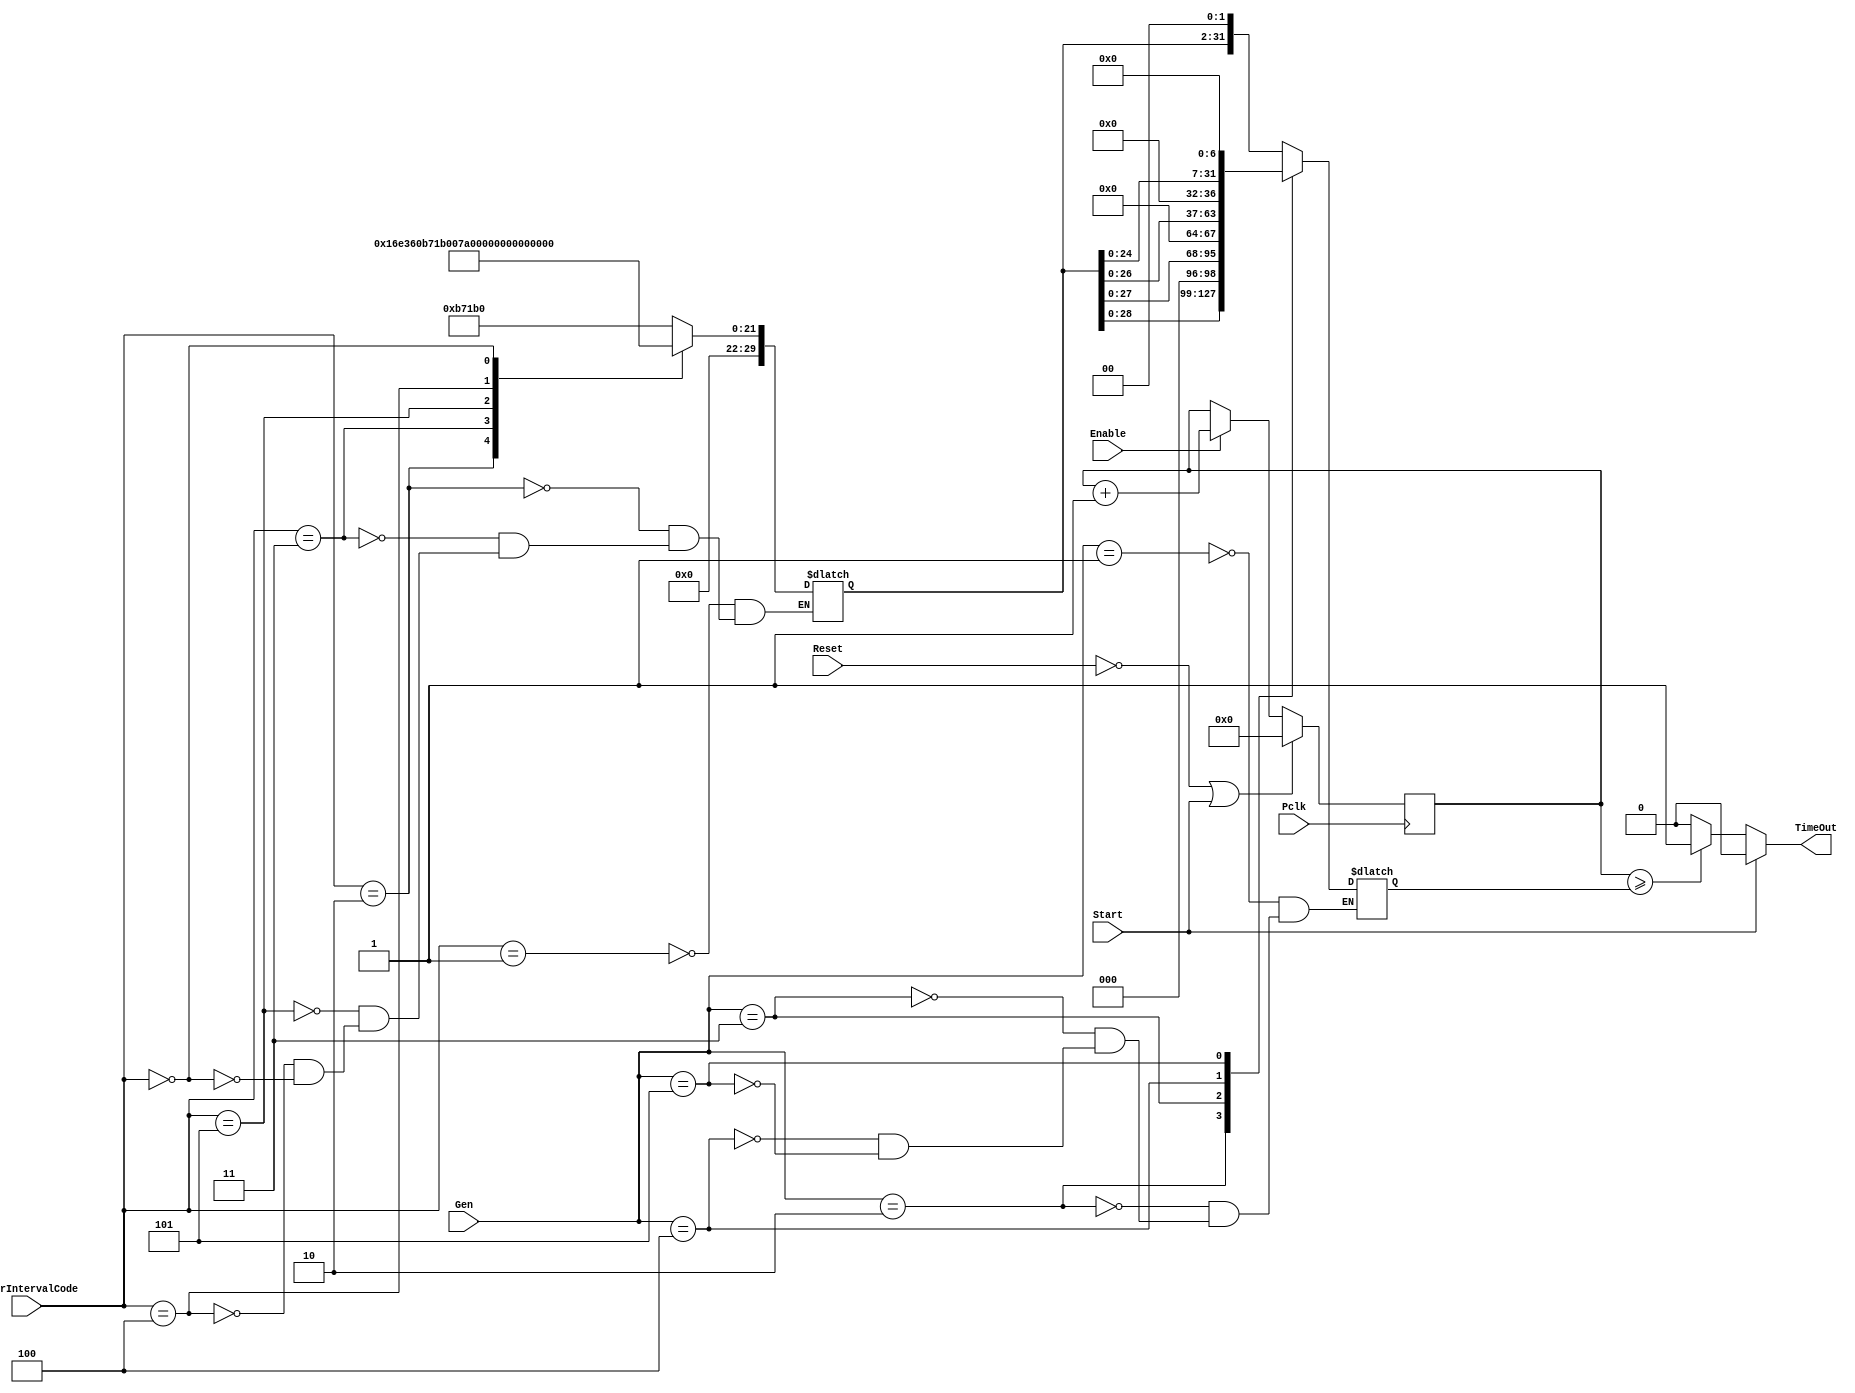
module Timer #(
parameter Width = 32,

parameter GEN1_PIPEWIDTH = 8 ,	
parameter GEN2_PIPEWIDTH = 8 ,	
parameter GEN3_PIPEWIDTH = 8 ,	
parameter GEN4_PIPEWIDTH = 8 ,	
parameter GEN5_PIPEWIDTH = 8 	

)
(
input [2:0]Gen,
input Reset,
input Pclk,
input Enable,
input Start,
input [2:0]TimerIntervalCode, //001 -> 12ms
output TimeOut
);
reg [Width-1:0] Tick;
reg [Width-1:0] TimerIntervalBase;
reg [Width-1:0] TimerInterval;
parameter Gen1 = 3'b001,Gen2 = 3'b010,Gen3 = 3'b011,Gen4 = 3'b100,Gen5 = 3'b101;
parameter t12ms= 3'b001,t24ms = 3'b010,t48ms = 3'b011,t2ms = 3'b100,t8ms = 3'b101,t0ms = 3'b000;
always @ *
begin
	case({TimerIntervalCode})
		t12ms:begin  
			TimerIntervalBase= 32'h000B71B0 ;//750000 cycle => Gen1 32bit width , 12ms 
		end
		
		t24ms:begin  
			TimerIntervalBase= 32'h16E360 ;//1500000 cycle => Gen1 32bit width , 24ms 
		end

		t48ms:begin  
			TimerIntervalBase= 32'h2DC6C0 ;//3000000cycle => Gen1 48bit width , 48ms 
		end
		t8ms:begin  
			TimerIntervalBase= 32'h7A120 ;//500000cycle => Gen1 48bit width , 48ms 
		end

		t2ms:begin  
			TimerIntervalBase= 32'h1E848 ;//125000 cycle => Gen1 32bit width , 2ms 
		end	
		t0ms:begin  
			TimerIntervalBase= 32'h00000000;//0cycle => Gen1 32bit width , 0ms 
		end
	endcase
end

//for higher Generation multiply the base value by 2 (shift left)
always @ *
begin
	case(Gen)
		Gen1:begin //Gen1  
			 case(GEN1_PIPEWIDTH)
			 32:TimerInterval=TimerIntervalBase<<0<<0 ; //multiply base by 1 (Gen1 32 bit)
			 16:TimerInterval=TimerIntervalBase<<0<<1 ; //multiply base by 2 (Gen1 16 bit)
			 8 :TimerInterval=TimerIntervalBase<<0<<2 ; //multiply base by 4 (Gen1 8 bit)
			 endcase
		end
		Gen2:begin //Gen2  
			 case(GEN2_PIPEWIDTH)
			 32:TimerInterval=TimerIntervalBase<<1<<0 ; //multiply base by 2 for Gen2 (Gen2 32 bit)
			 16:TimerInterval=TimerIntervalBase<<1<<1 ; //multiply base by 2 for Gen2 and another 2 for 16 bit width (Gen2 16 bit)
			 8 :TimerInterval=TimerIntervalBase<<1<<2 ; ///multiply base by 2 for Gen2 and another 4 for 16 bit width (Gen2 32 bit)
			 endcase
		end
		Gen3:begin //Gen3  
			 case(GEN3_PIPEWIDTH)
			 32:TimerInterval=TimerIntervalBase<<2<<0 ; //multiply base by 4 for Gen2 (Gen3 32 bit)
			 16:TimerInterval=TimerIntervalBase<<2<<1 ; //multiply base by 4 for Gen2 and another 2 for 16 bit width (Gen3 16 bit)
			 8 :TimerInterval=TimerIntervalBase<<2<<2 ; //multiply base by 4 for Gen2 and another 4 for 16 bit width (Gen3 32 bit)
			 endcase
		end
		Gen4:begin //Gen3  
			 case(GEN4_PIPEWIDTH)
			 32:TimerInterval=TimerIntervalBase<<3<<0 ; //multiply base by 4 for Gen2 (Gen3 32 bit)
			 16:TimerInterval=TimerIntervalBase<<3<<1 ; //multiply base by 4 for Gen2 and another 2 for 16 bit width (Gen3 16 bit)
			 8 :TimerInterval=TimerIntervalBase<<3<<2 ; //multiply base by 4 for Gen2 and another 4 for 16 bit width (Gen3 32 bit)
			 endcase
		end
		Gen5:begin //Gen3  
			 case(GEN5_PIPEWIDTH)
			 32:TimerInterval=TimerIntervalBase<<5<<0 ; //multiply base by 4 for Gen2 (Gen3 32 bit)
			 16:TimerInterval=TimerIntervalBase<<5<<1 ; //multiply base by 4 for Gen2 and another 2 for 16 bit width (Gen3 16 bit)
			 8 :TimerInterval=TimerIntervalBase<<5<<2 ; //multiply base by 4 for Gen2 and another 4 for 16 bit width (Gen3 32 bit)
			 endcase
		end
	endcase
end
assign TimeOut = (Start)? 0:(Tick >= TimerInterval)? 1:0 ;
always @(posedge Pclk)
begin
if (!Reset||Start) begin
Tick <= 0;
end
else if (Enable)begin
Tick <=Tick +1;
end
end
endmodule